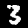
Digit: 3